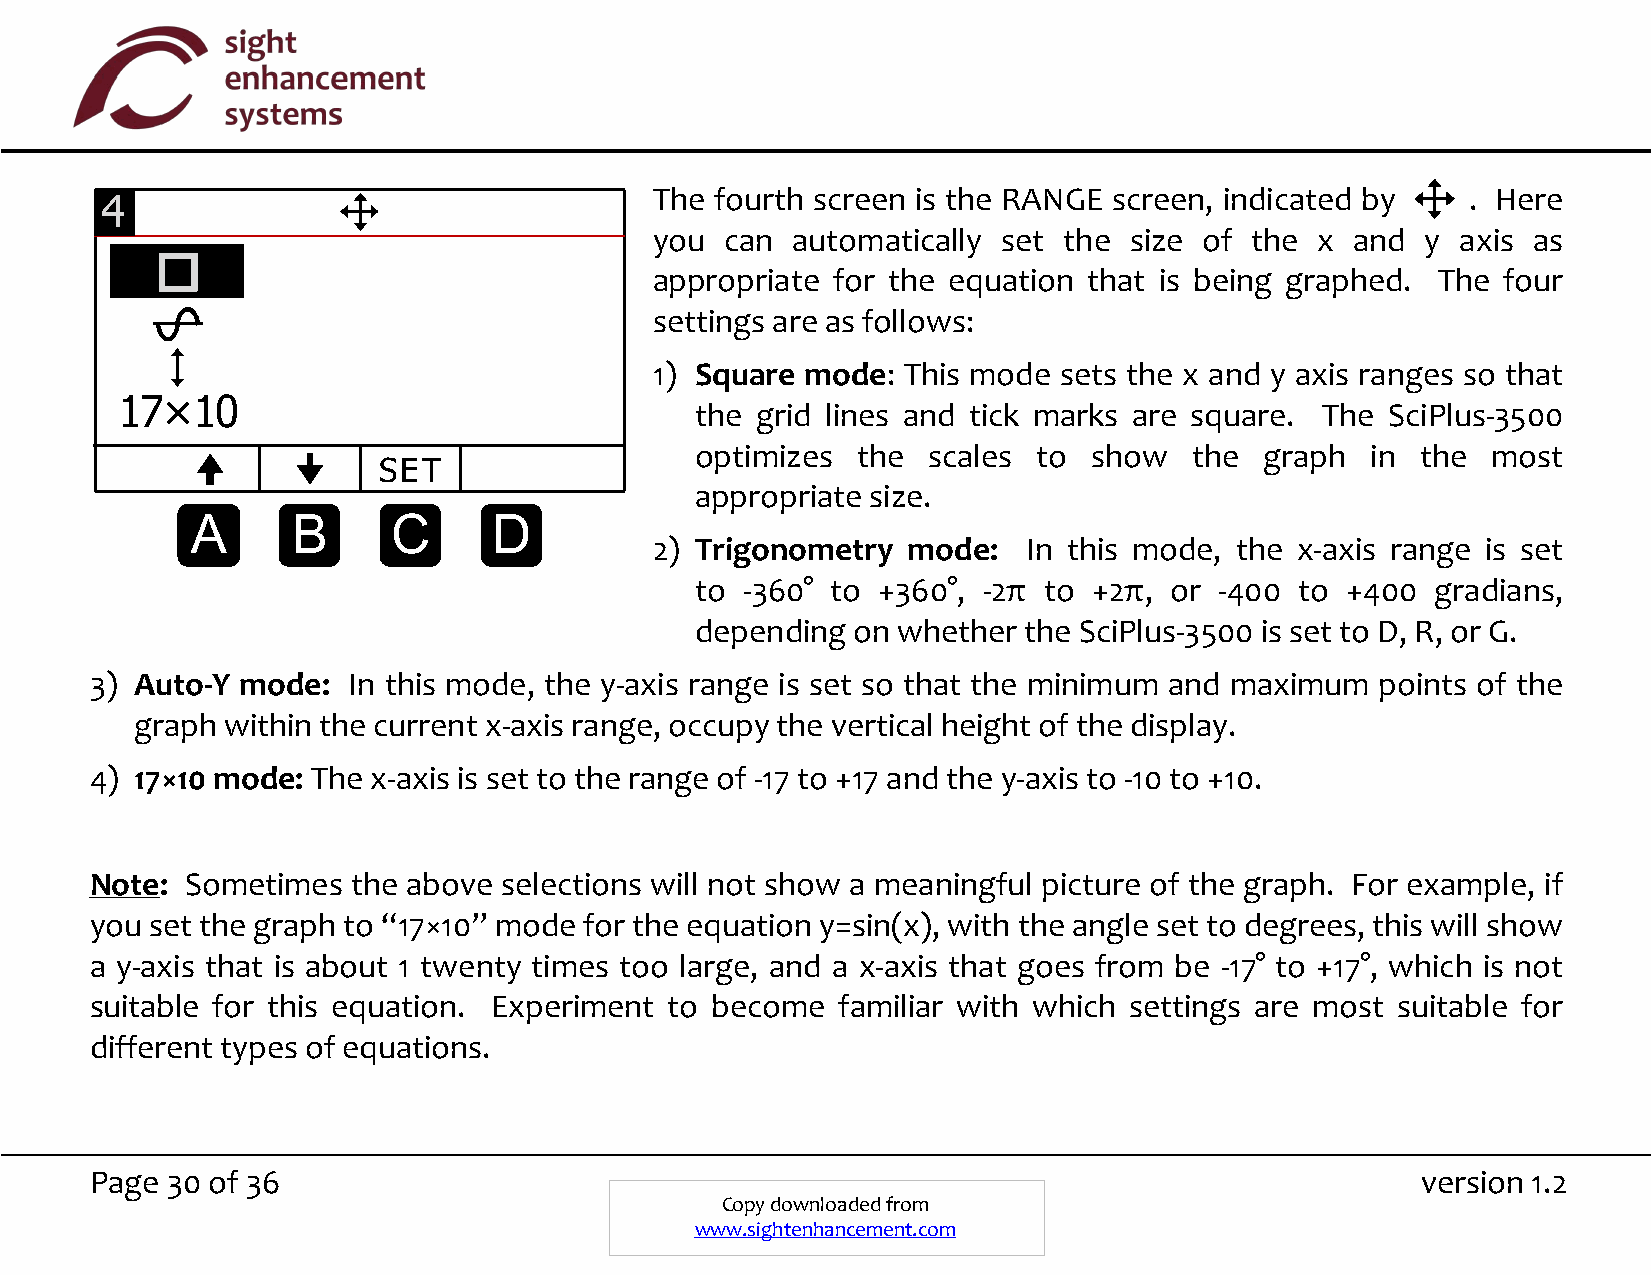
The fourth screen is the RANGE screen, indicated by   . Here
 4
 you  can automatically set the  size of the x  and y  axis as
 appropriate for the equation that is being graphed. The four
 settings are as follows:
 1) Square mode:  This mode sets the x and y axis ranges so that
 17×10
 the grid lines and tick marks are square. The SciPlus-3500
 optimizes  the scales  to show   the  graph  in the  most
 SET
 appropriate size.
 A     B      C      D
 2) Trigonometry  mode:   In this mode, the x-axis range is set
 to -360° to +360°, -2π to +2π, or  -400 to +400  gradians,
 depending on whether  the SciPlus-3500 is set to D, R, or G.
 3) Auto-Y mode:  In this mode, the y-axis range is set so that the minimum and maximum points of the
 graph within the current x-axis range, occupy the vertical height of the display.
 4) 17×10 mode: The x-axis is set to the range of -17 to +17 and the y-axis to -10 to +10.
 Note: Sometimes  the above selections will not show a meaningful picture of the graph. For example, if
 you set the graph to “17×10” mode for the equation y=sin(x), with the angle set to degrees, this will show
 a y-axis that is about 1 twenty times too large, and a x-axis that goes from be -17° to +17°, which is not
 suitable for this equation. Experiment to become familiar with which settings are most suitable for
 different types of equations.
 Page 30 of 36                                                                           version 1.2
 Copy downloaded from
 www.sightenhancement.com